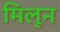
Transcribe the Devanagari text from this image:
मिलून